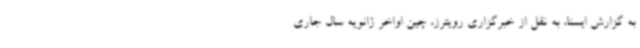
به گزارش ایسنا، به نقل از خبرگزاری رویترز، چین اواخر ژانویه سال جاری